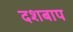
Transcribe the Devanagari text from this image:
दशबाप